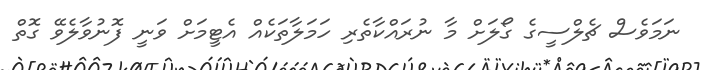
ނަމަވެސް ޗެލްސީގެ ގޯލަށް މާ ނުރައްކާތެރި ހަމަލާތަކެއް އެޓީމަށް ވަނީ ފޮނުވާލެވޭ ގޮތް